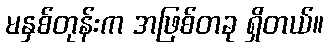
မနှစ်တုန်းက အဖြစ်တခု ရှိတယ်။